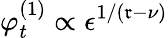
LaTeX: \varphi_{t}^{(1)}\propto\epsilon^{1/(\mathfrak{r}-\nu)}